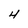
Character: 4